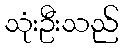
သုံးဦးသည်